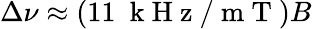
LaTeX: \Delta\nu\approx\left(11~\mathrm{~k~H~z~}/\mathrm{~m~T~}\right)B